Report of an investigation into the causes of malaria in Bombay and the measures necessary for its control
Disease focus: Malaria
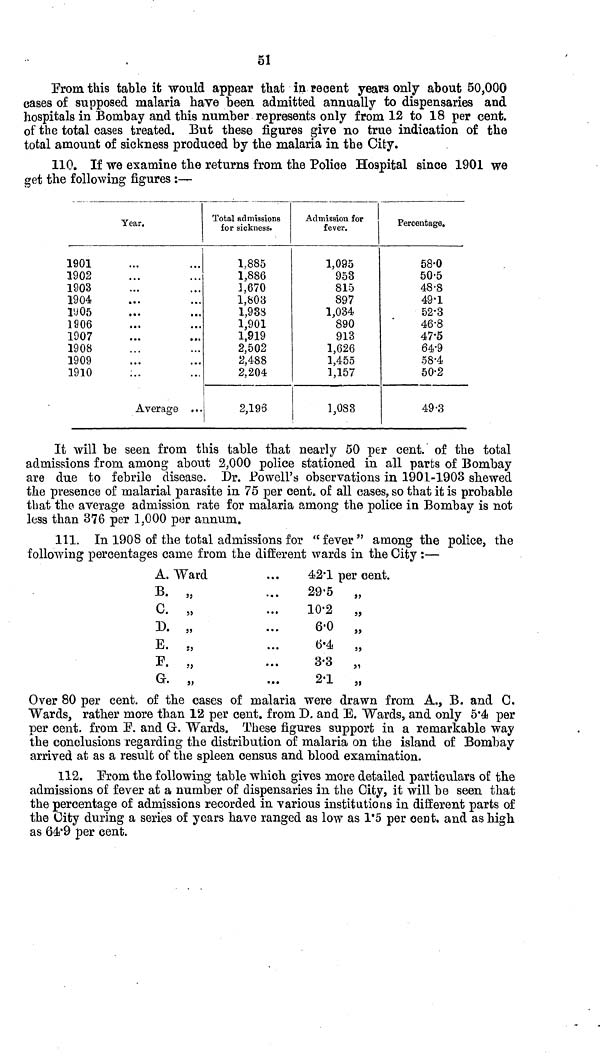
51
From this table it would appear that in recent years only about 50,000
cases of supposed malaria have been admitted annually to dispensaries and
hospitals in Bombay and this number represents only from 12 to 18 per cent.
of the total cases treated. But these figures give no true indication of the
total amount of sickness produced by the malaria in the City.
110. If we examine the returns from the Police Hospital since 1901 we
get the following figures :—
1901
1902
1903
1904
1905
1906
1907
1908
1909
1910
Year.
...
...
...
Average
Total admissions
for sickness.
1.885
1,886
1,670
1,803
1,938
1,901
1,919
2,502
2,488
2,204
2,196
Admission for
fever.
1,095
953
815
897
1,034
890
913
1,626
1,455
1,157
1,083
Percentage.
58.0
50.5
48.8
49.1
52.3
46.8
47.5
64.9
58.4
50.2
49.3
It will be seen from this table that nearly 50 per cent. of the total
admissions from among about 2,000 police stationed in all parts of Bombay
are due to febrile disease. I)r. Powell's observations in 1901-1903 shewed
the presence of malarial parasite in 75 per cent. of all cases, so that it is probable
that the average admission rate for malaria among the police in Bombay is not
less than 376 per 1,000 per annum.
111. In 1908 of the total admissions for "fever" among the police, the
following percentages came from the different wards in the City :—
A. Ward
B.
C.
D.
E.
F.
G.
42.1 per cent.
29.5
10.2
6.0
6.4
3.3
2.1
Over 80 per cent. of the cases of malaria were drawn from A., B. and C.
Wards, rather more than 12 per cent. from D. and E. Wards, and only 5.4 per
per cent. from F. and G. Wards. These figures support in a remarkable way
the conclusions regarding the distribution of malaria on the island of Bombay
arrived at as a result of the spleen census and blood examination.
112. From the following table which gives more detailed particulars of the
admissions of fever at a number of dispensaries in the City, it will be seen that
the percentage of admissions recorded in various institutions in different parts of
the City during a series of years have ranged as low as 1.5 per cent. and as high
as 64.9 per cent.